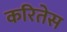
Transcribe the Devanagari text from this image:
करितेस